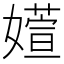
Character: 𫱽